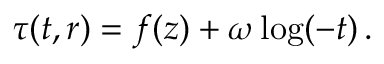
\tau ( t , r ) = f ( z ) + \omega \log ( - t ) \, .